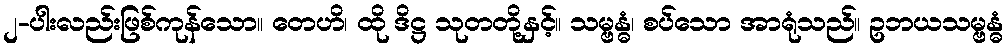
၂-ပါးလည်းဖြစ်ကုန်သော။ တေဟိ၊ ထို ဒိဋ္ဌ သုတတို့နှင့်။ သမ္ဗန္ဓံ၊ စပ်သော အာရုံသည်။ ဥဘယသမ္ဗန္ဓံ